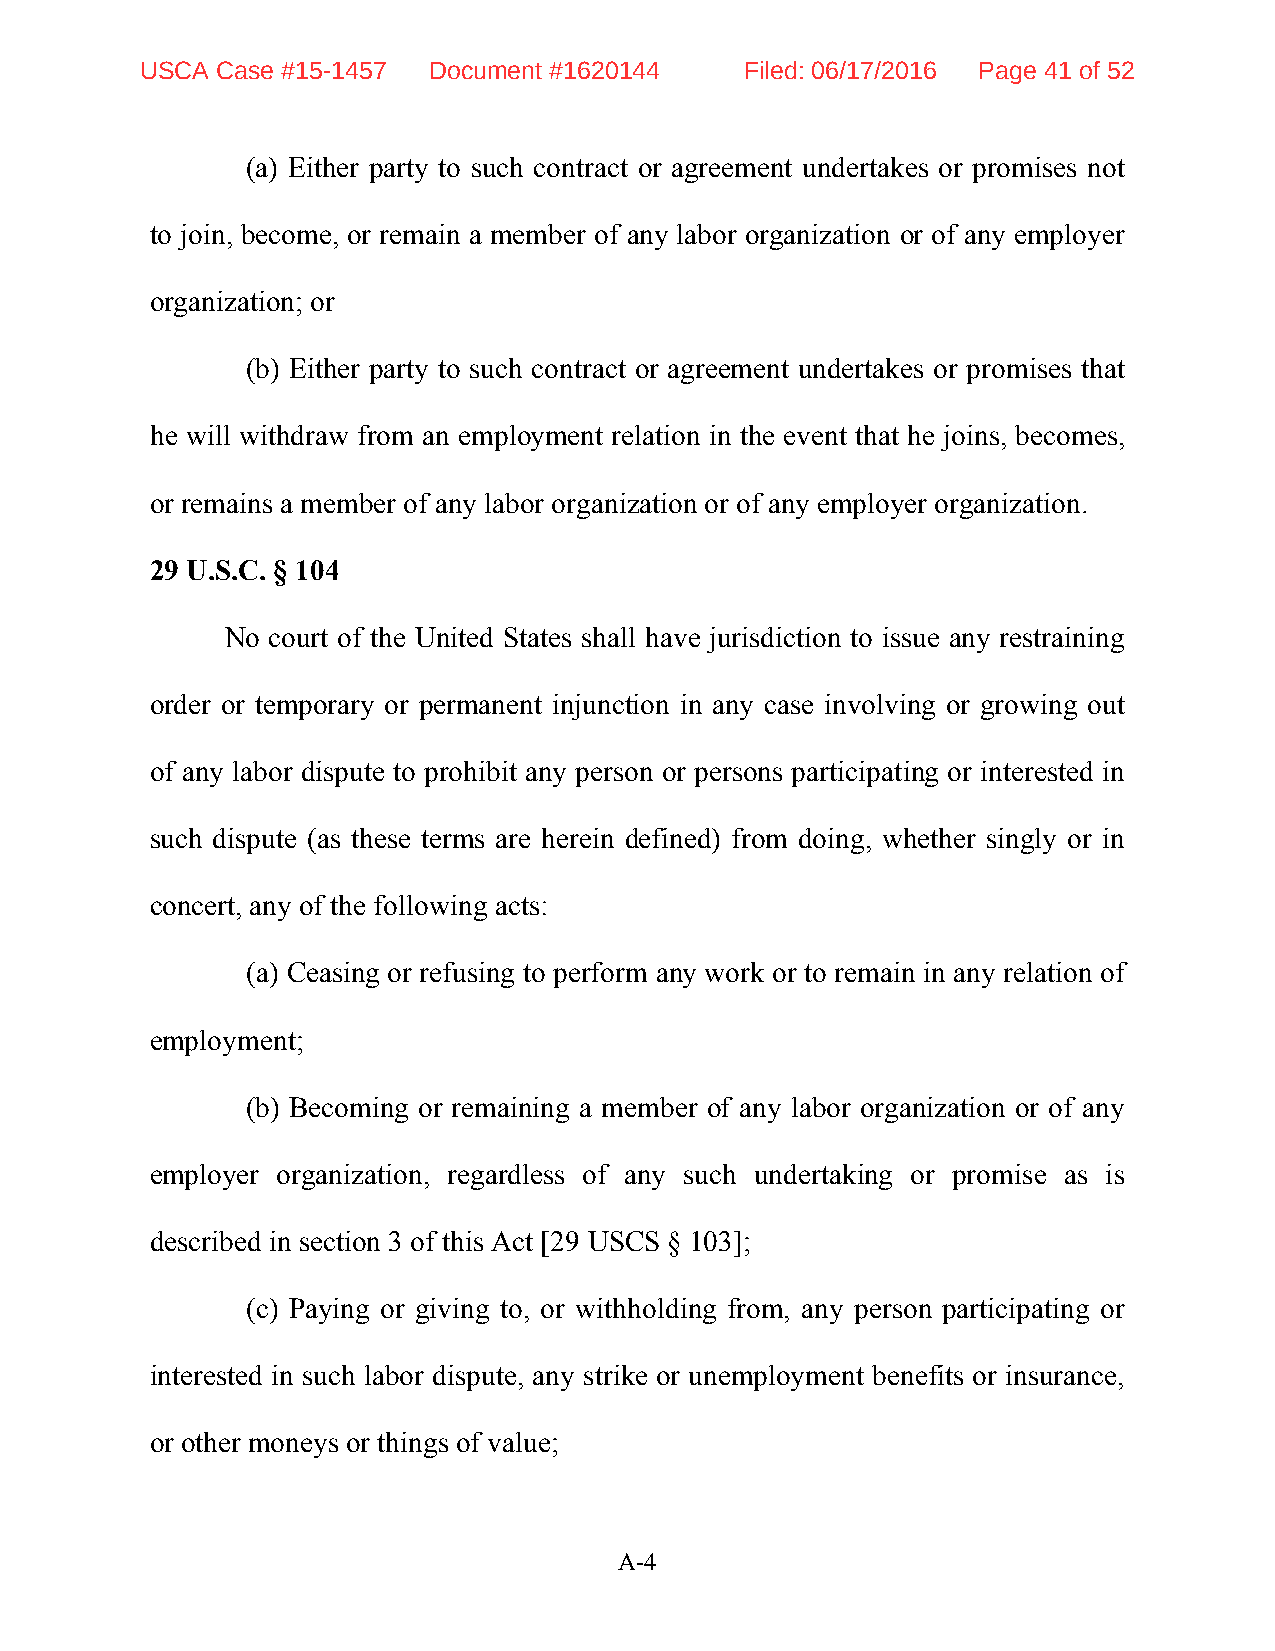
USCA Case #15-1457 Document #1620144    Filed: 06/17/2016 Page 41 of 52
 (a) Either party to such contract or agreement undertakes or promises not
 to join, become, or remain a member of any labor organization or of any employer
 organization; or
 (b) Either party to such contract or agreement undertakes or promises that
 he will withdraw from an employment relation in the event that he joins, becomes,
 or remains a member of any labor organization or of any employer organization.
 29 U.S.C. § 104
 No court of the United States shall have jurisdiction to issue any restraining
 order or temporary or permanent injunction in any case involving or growing out
 of any labor dispute to prohibit any person or persons participating or interested in
 such dispute (as these terms are herein defined) from doing, whether singly or in
 concert, any of the following acts:
 (a) Ceasing or refusing to perform any work or to remain in any relation of
 employment;
 (b) Becoming or remaining a member of any labor organization or of any
 employer organization, regardless of any such undertaking or promise as is
 described in section 3 of this Act [29 USCS § 103];
 (c) Paying or giving to, or withholding from, any person participating or
 interested in such labor dispute, any strike or unemployment benefits or insurance,
 or other moneys or things of value;
 A-4